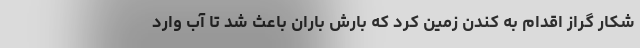
شکار گراز اقدام به کندن زمین کرد که بارش باران باعث شد تا آب وارد